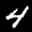
Label: 4